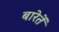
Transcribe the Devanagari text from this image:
बारेतें